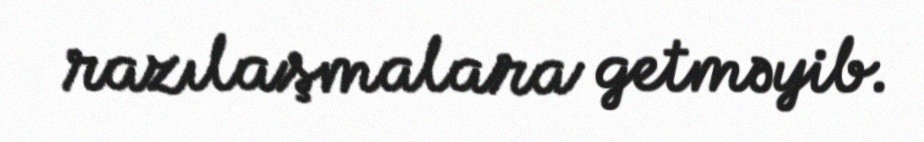
razılaşmalara getməyib.